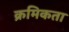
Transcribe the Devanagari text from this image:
क्रमिकता